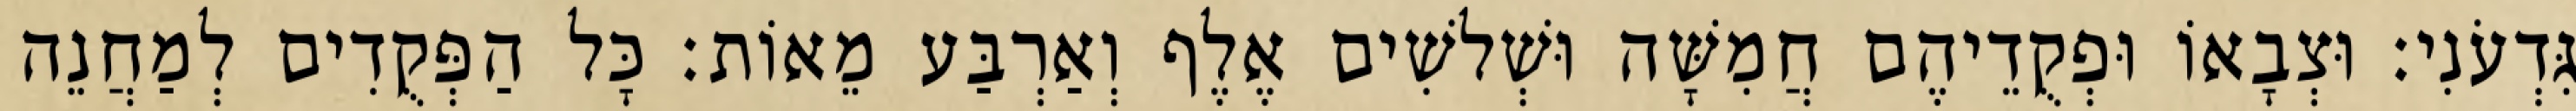
גִּדְעֹנִי׃ וּצְבָאוֹ וּפְקֻדֵיהֶם חֲמִשָּׁה וּשְׁלשִׁים אֶלֶף וְאַרְבַּע מֵאוֹת׃ כָּל הַפְּקֻדִים לְמַחֲנֵה